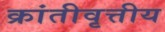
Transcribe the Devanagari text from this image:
क्रांतीवृत्तीय